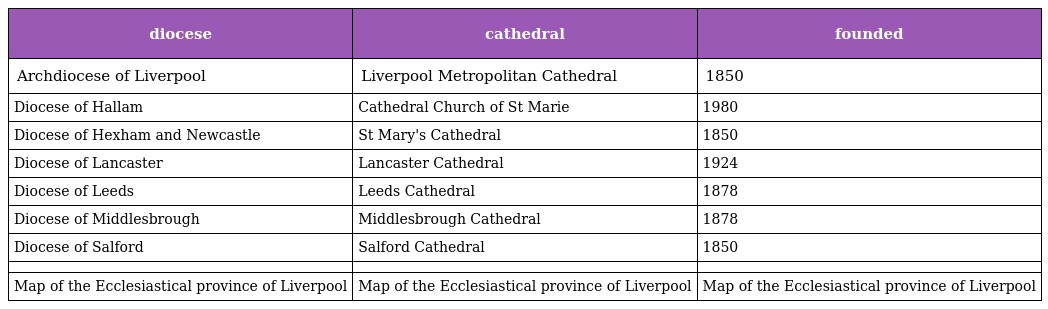
| diocese | cathedral | founded |
 | --- | --- | --- |
 | Archdiocese of Liverpool | Liverpool Metropolitan Cathedral | 1850 |
 | Diocese of Hallam | Cathedral Church of St Marie | 1980 |
 | Diocese of Hexham and Newcastle | St Mary's Cathedral | 1850 |
 | Diocese of Lancaster | Lancaster Cathedral | 1924 |
 | Diocese of Leeds | Leeds Cathedral | 1878 |
 | Diocese of Middlesbrough | Middlesbrough Cathedral | 1878 |
 | Diocese of Salford | Salford Cathedral | 1850 |
 |  |  |  |
 | Map of the Ecclesiastical province of Liverpool | Map of the Ecclesiastical province of Liverpool | Map of the Ecclesiastical province of Liverpool |